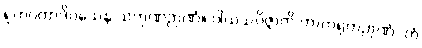
ရုတဂတာဒိဝသေန သကုဏဉာဏံ။ ဝါယသဝိဇ္ဇာတိ ကာကရုတဉာဏံ, တံ